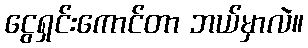
ငွေရှင်းကောင်တာ ဘယ်မှာလဲ။